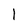
Character: l